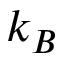
k _ { B }